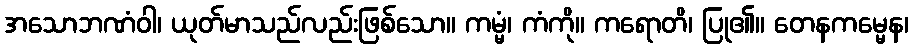
အသောဘဏံဝါ၊ ယုတ်မာသည်လည်းဖြစ်သော။ ကမ္မံ၊ ကံကို။ ကရောတိ၊ ပြု၏။ တေနကမ္မေန၊